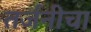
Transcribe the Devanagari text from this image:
तर्जनीचा